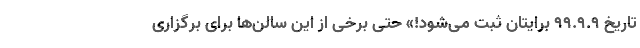
تاریخ ۹۹.۹.۹ برایتان ثبت می‌شود!» حتی برخی از این سالن‌ها برای برگزاری